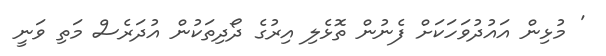
' މުޅިން އައުދުވަހަކަށް ފެނުން ތޮޅެލި އިރުގެ ދޯދިތަކުން އުދަރެސް މަތި ވަނީ